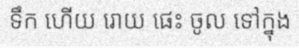
ទឹក ហើយ រោយ ផេះ ចូល ទៅក្នុង